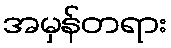
အမှန်တရား